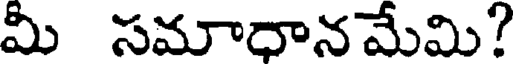
మీ సమాధానమేమి?